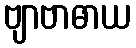
ဗျာဗာဓာယ